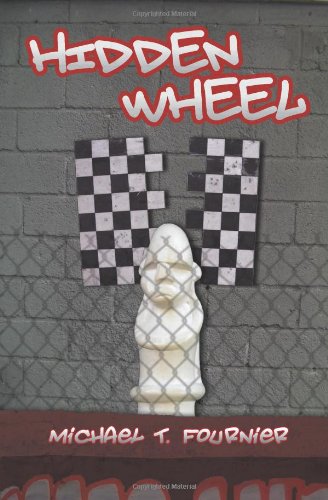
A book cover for Hidden Wheel; Michael T. Fournier; Literature & Fiction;